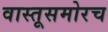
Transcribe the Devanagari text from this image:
वास्तूसमोरच